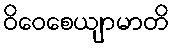
ဝိဝေစေယျာမာတိ